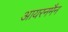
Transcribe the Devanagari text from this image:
आयरनमैन